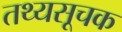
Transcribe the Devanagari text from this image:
तथ्यसूचक